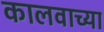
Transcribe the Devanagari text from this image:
कालवाच्या